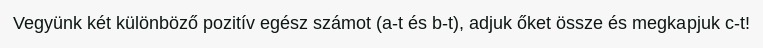
Vegyünk két különböző pozitív egész számot (a-t és b-t), adjuk őket össze és megkapjuk c-t!